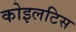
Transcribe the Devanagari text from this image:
कोइलटिस